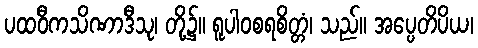
ပထဝီကသိဏာဒီသု၊ တို့၌။ ရူပါဝစရစိတ္တံ၊ သည်။ အပ္ပေတိပိယ၊